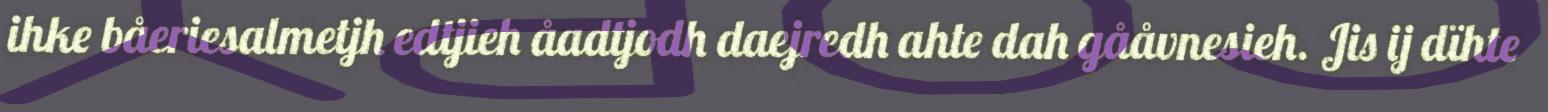
ihke båeriesalmetjh edtjieh åadtjodh daejredh ahte dah gååvnesieh. Jis ij dïhte